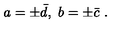
a = \pm \bar { d } , \ b = \pm \bar { c } \ .